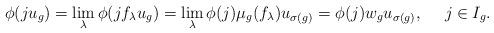
LaTeX: \begin{align*}\phi(ju_g)=\lim_\lambda\phi(jf_\lambda u_g)=\lim_\lambda\phi(j)\mu_g(f_\lambda)u_{\sigma(g)}=\phi(j)w_gu_{\sigma(g)},\ \ \ \ j\in I_g.\end{align*}